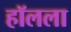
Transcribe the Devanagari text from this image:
हॉलला